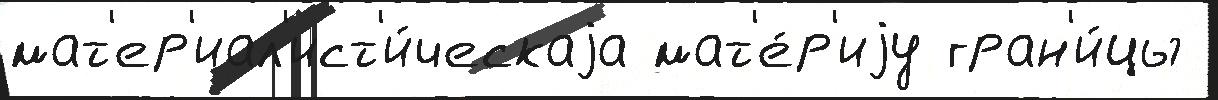
мат'ер'иал'ист'и́ческаjа мат'е́р'иjу гран'и́цы